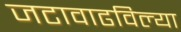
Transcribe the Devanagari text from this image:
जटावाढविल्या